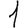
Digit: 1